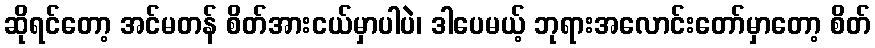
ဆိုရင်တော့ အင်မတန် စိတ်အားငယ်မှာပါပဲ၊ ဒါပေမယ့် ဘုရားအလောင်းတော်မှာတော့ စိတ်